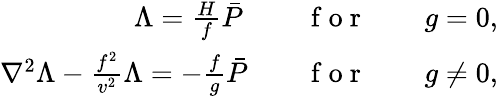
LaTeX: \begin{array}{r}{{\Lambda=\frac{H}{f}\bar{P}\, }\qquad\mathrm{~f~o~r~}\qquad g=0,}\\ {{\nabla^{2}\Lambda-\frac{f^{2}}{v^{2}}\Lambda=-\frac{f}{g}\bar{P}}\qquad\mathrm{~f~o~r~}\qquad g\neq 0,}\end{array}